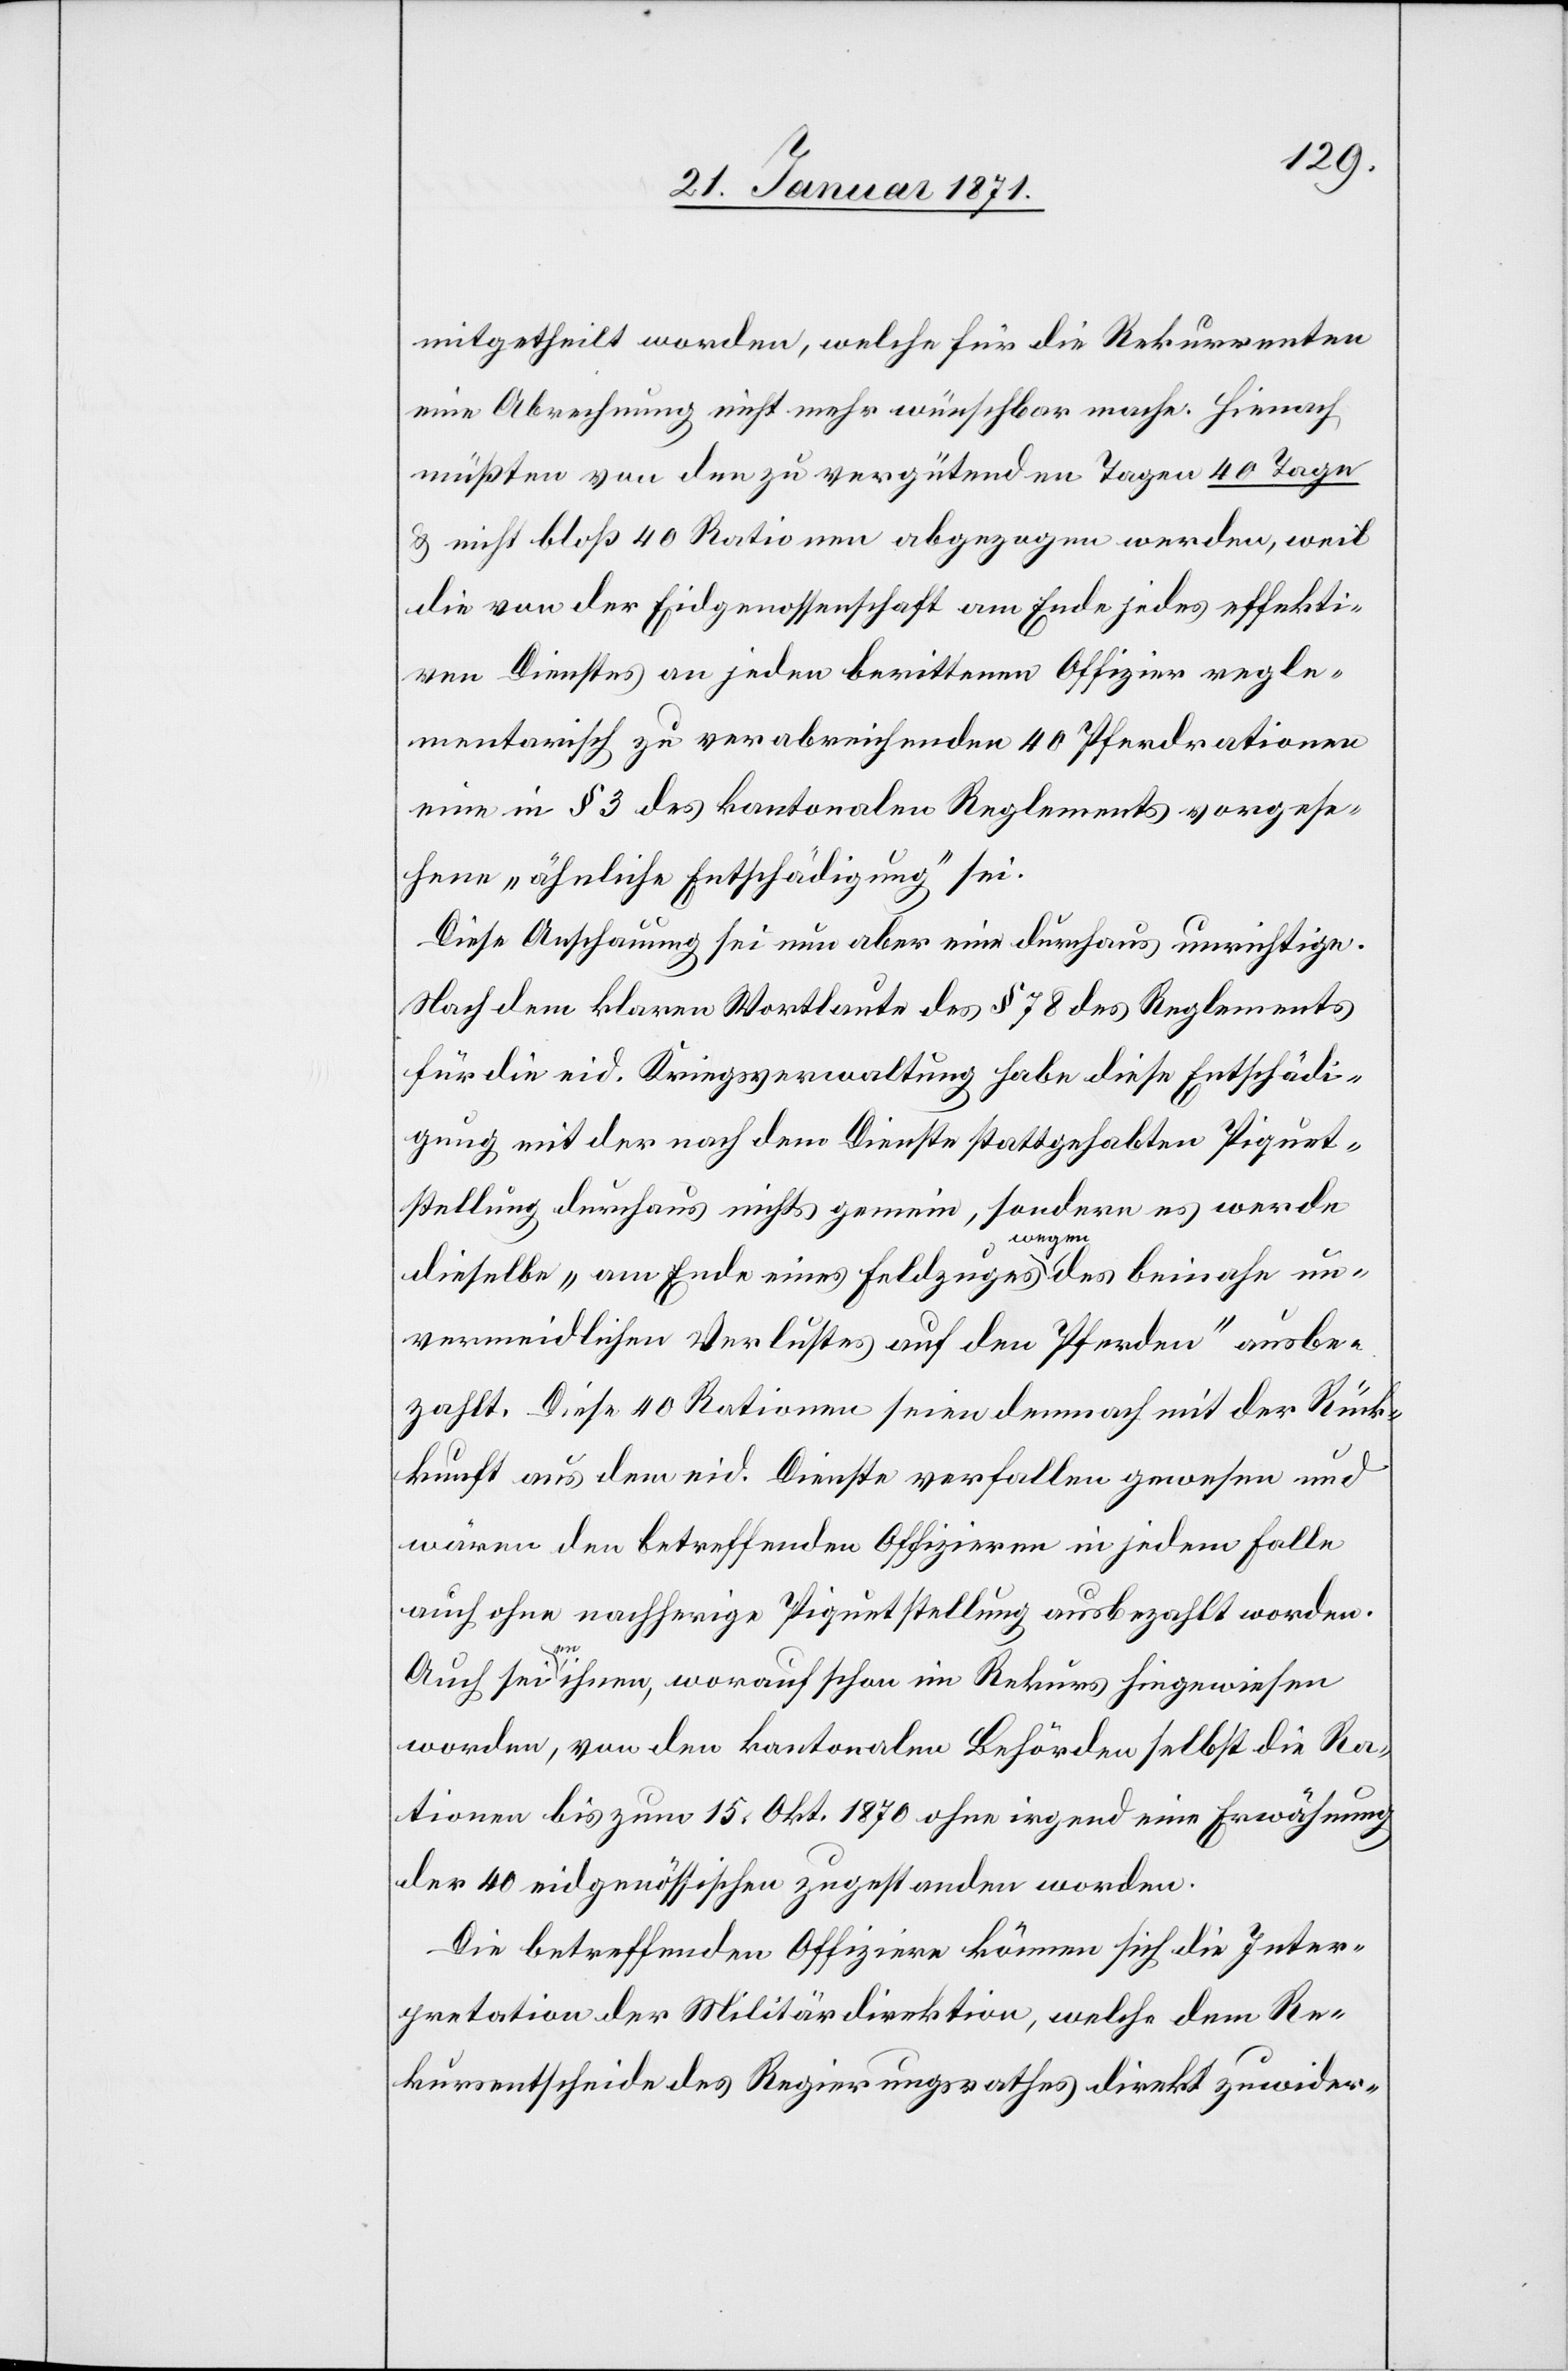
mitgetheilt worden, welche für die Rekurrenten
eine Abrechnung nicht mehr wünschbar mache. Hienach
müßten von den zu vergütenden Tagen 40 Tage
u. nicht bloß 40 Rationen abgezogen werden, weil
die von der Eidgenossenschaft am Ende jedes effekti¬
ven Dienstes an jeden berittenen Offizier regle¬
mentarisch zu verabreichenden 40 Pferdrationen
eine in § 3 des kantonalen Reglements vorgese¬
hene „ähnliche Entschädigung“ sei.
Diese Anschauung sei nun aber eine durchaus unrichtige.
Nach dem klaren Wortlaute des § 78 des Reglements
für die eid. Kriegsverwaltung habe diese Entschädi¬
gung mit der nach dem Dienste stattgehabten Piquet¬
stellung durchaus nichts gemein, sondern es werde
dieselbe „am Ende eines Feldzuges wegen des beinahe un¬
vermeidlichen Verlustes auf den Pferden“ ausbe¬
zahlt. Diese 40 Rationen seien demnach mit der Rück¬
kunft aus dem eid. Dienste verfallen gewesen und
wären den betreffenden Offizieren in jedem Falle
auch ohne nachherige Piquetstellung ausbezahlt worden.
Auch seien ihnen, worauf schon im Rekurs hingewiesen
worden, von den kantonalen Behörden selbst die Ra¬
tionen bis zum 15. Okt. 1870 ohne irgend eine Erwähnung
der 40 eidgenössischen zugestanden worden.
Die betreffenden Offiziere können sich die Inter¬
pretation der Militärdirektion, welche dem Re¬
kursentscheide des Regierungsrathes direkt zuwider-